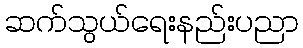
ဆက်သွယ်ရေးနည်းပညာ